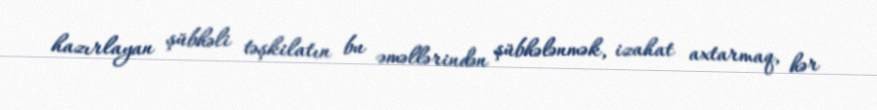
hazırlayan şübhəli təşkilatın bu əməllərindən şübhələnmək, izahat axtarmaq, hər